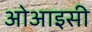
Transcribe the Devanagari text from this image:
ओआइसी